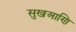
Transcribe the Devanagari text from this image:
सुखआणि